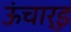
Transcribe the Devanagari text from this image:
ऊंचार्इ